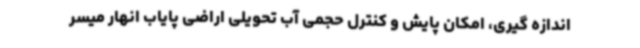
اندازه گیری، امکان پایش و کنترل حجمی آب تحویلی اراضی پایاب انهار میسر